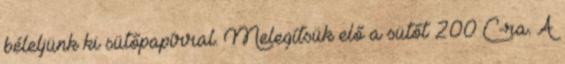
béleljünk ki sütőpapírral. Melegítsük elő a sütőt 200°C-ra. A